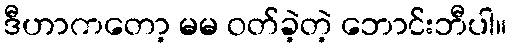
ဒီဟာကတော့ မမ ဝတ်ခဲ့တဲ့ ဘောင်းဘီပါ။